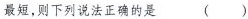
最短，则下列说法正确的是 ( )